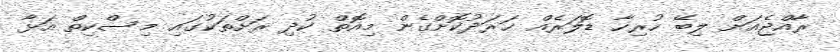
ރާއްޖެއަށް ލިބޭ ހުރިހާ ޑޮލަރެއް ޚަރަދުކޮށްގެން މިއޮތް ކުދި ރަށްތަކުގައި މިސްކިތް އަޅާ